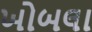
ખોબલા